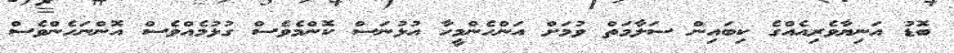
ބޮޑު އަނިޔާވެރިއެއްގެ ކިބައިން ސަލާމަތް ވުމަށް އަންހެންމީހާ އުޅުނަސް ކޮންމެވެސް ގުޅުމެއްވެސް އޮންނަހެންވެސް